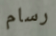
رسام